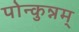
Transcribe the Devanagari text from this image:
पोन्कुन्नम्